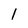
Character: 1